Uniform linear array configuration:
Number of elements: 48
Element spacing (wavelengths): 0.5
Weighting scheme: binomial
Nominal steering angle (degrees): -15
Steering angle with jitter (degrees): -15.1
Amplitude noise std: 0.05
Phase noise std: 0.05

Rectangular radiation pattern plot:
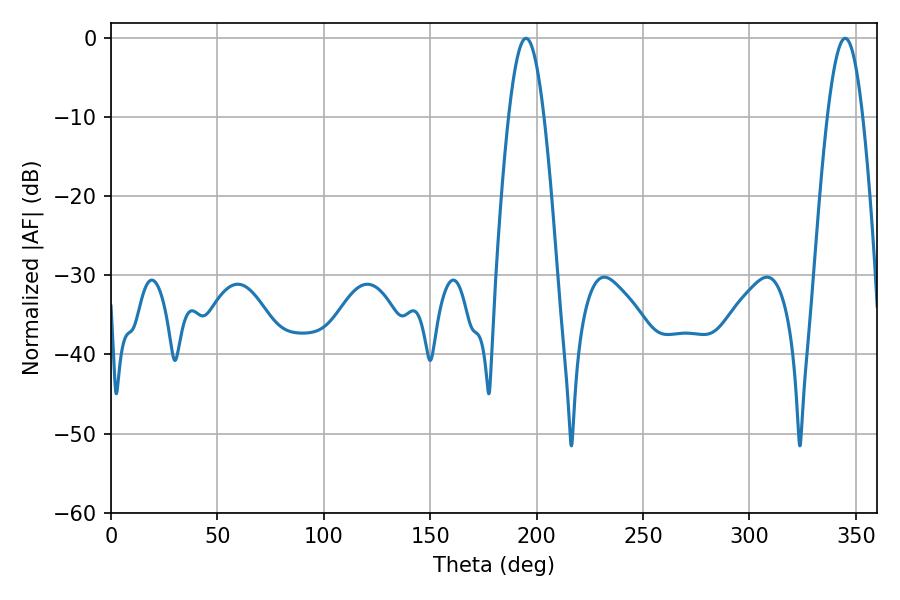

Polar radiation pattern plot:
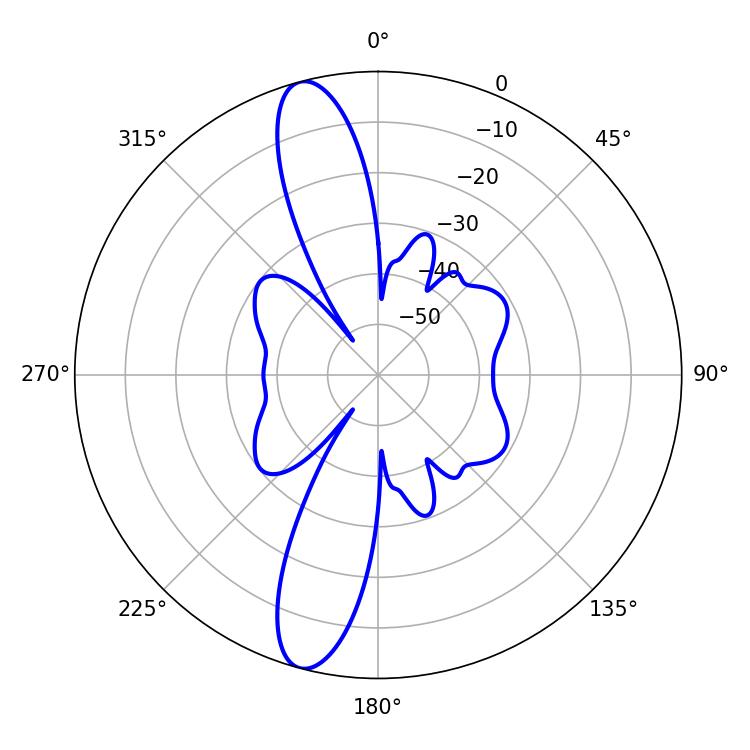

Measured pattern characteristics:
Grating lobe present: FALSE
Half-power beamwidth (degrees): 9
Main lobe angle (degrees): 194.94